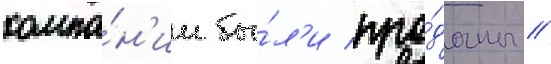
компа́н'ии бы́л'и про́даны //